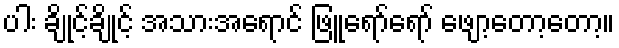
ပါး ချိုင့်ချိုင့် အသားအရောင် ဖြူရော်ရော် ဖျော့တော့တော့။